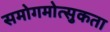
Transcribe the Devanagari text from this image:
समोगमोत्सुकता